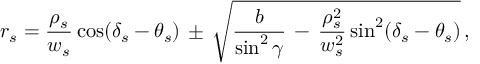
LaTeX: r _ { s } = \frac { \rho _ { s } } { w _ { s } } \cos ( \delta _ { s } - \theta _ { s } ) \, \pm \, \sqrt { \frac { b } { \sin ^ { 2 } \gamma } \, - \, \frac { \rho _ { s } ^ { 2 } } { w _ { s } ^ { 2 } } \sin ^ { 2 } ( \delta _ { s } - \theta _ { s } ) } \, ,